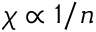
\chi \propto 1 / n